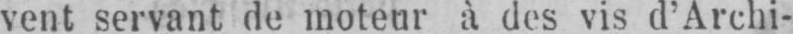
vent servant de moteur à des vis d’Archi-